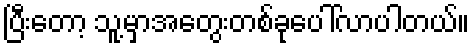
ပြီးတော့ သူ့မှာအတွေးတစ်ခုပေါ်လာပါတယ်။